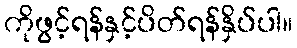
ကိုဖွင့်ရန်နှင့်ပိတ်ရန်နှိပ်ပါ။